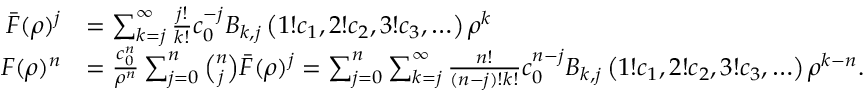
\begin{array} { r l } { \bar { F } ( \rho ) ^ { j } } & { = \sum _ { k = j } ^ { \infty } \frac { j ! } { k ! } c _ { 0 } ^ { - j } B _ { k , j } \left( 1 ! c _ { 1 } , 2 ! c _ { 2 } , 3 ! c _ { 3 } , \ldots \right) \rho ^ { k } } \\ { F ( \rho ) ^ { n } } & { = \frac { c _ { 0 } ^ { n } } { \rho ^ { n } } \sum _ { j = 0 } ^ { n } \binom { n } { j } \bar { F } ( \rho ) ^ { j } = \sum _ { j = 0 } ^ { n } \sum _ { k = j } ^ { \infty } \frac { n ! } { ( n - j ) ! k ! } c _ { 0 } ^ { n - j } B _ { k , j } \left( 1 ! c _ { 1 } , 2 ! c _ { 2 } , 3 ! c _ { 3 } , \ldots \right) \rho ^ { k - n } . } \end{array}